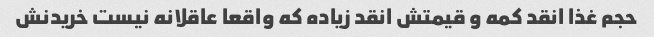
حجم غذا انقد کمه و قیمتش انقد زیاده که واقعا عاقلانه نیست خریدنش